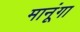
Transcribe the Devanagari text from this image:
मानूंगा